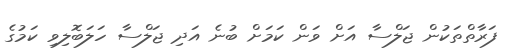
ފަރާތްތަކުން ޖަލްސާ އަށް ވަން ކަމަށް ބުނެ އަދި ޖަލްސާ ހަލަބޮލިވި ކަމުގެ